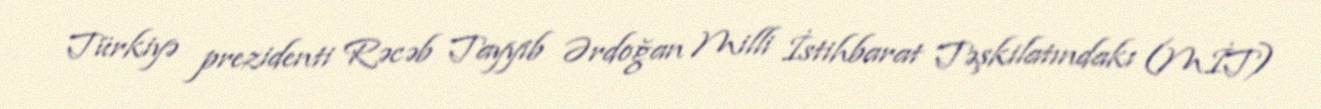
Türkiyə prezidenti Rəcəb Tayyib Ərdoğan Milli İstihbarat Təşkilatındakı (MİT)